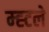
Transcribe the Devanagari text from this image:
म्ह्टले